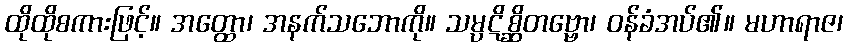
ထိုထိုစကားဖြင့်။ အတ္ထော၊ အနက်သဘောကို။ သမ္ပဋိစ္ဆိတဗ္ဗော၊ ဝန်ခံအပ်၏။ မဟာရာဇ၊